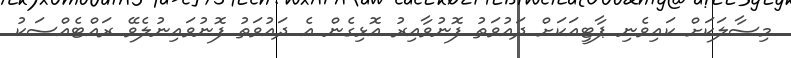
މިސާލަކަށް ކައިވެނި ޕާޓީއަކަށް ދައުވަތު ފޮނުވާއިރު އޮޅިގެން އެ ދައުވަތު ފޮނުވައިނުލެވޭ ރައްޓެއްސަކު